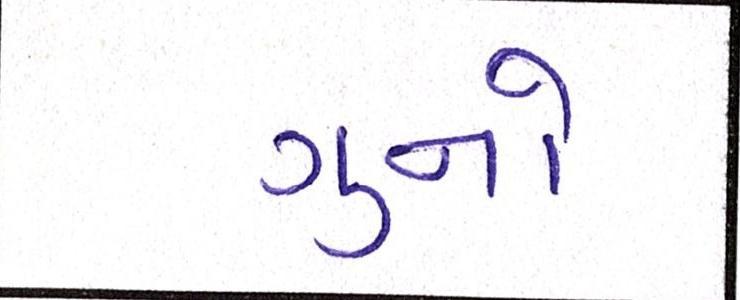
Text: ગુનો